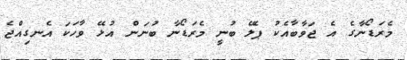
މެރަޑޯނާގެ އެ ޖަވާބާއެކު ޕެލޭ ބުނީ މެރަޑޯނާ ބުނަން އުޅޭ ވާހަކަ އެނގިއްޖެ